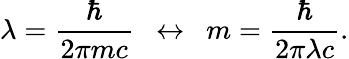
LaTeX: \lambda=\frac{\hbar}{2\pi mc}\enspace\leftrightarrow\enspace m=\frac{\hbar}{2\pi\lambda c}.